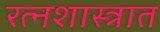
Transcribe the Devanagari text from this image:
रत्नशास्त्रात